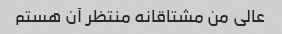
عالی من مشتاقانه منتظر آن هستم